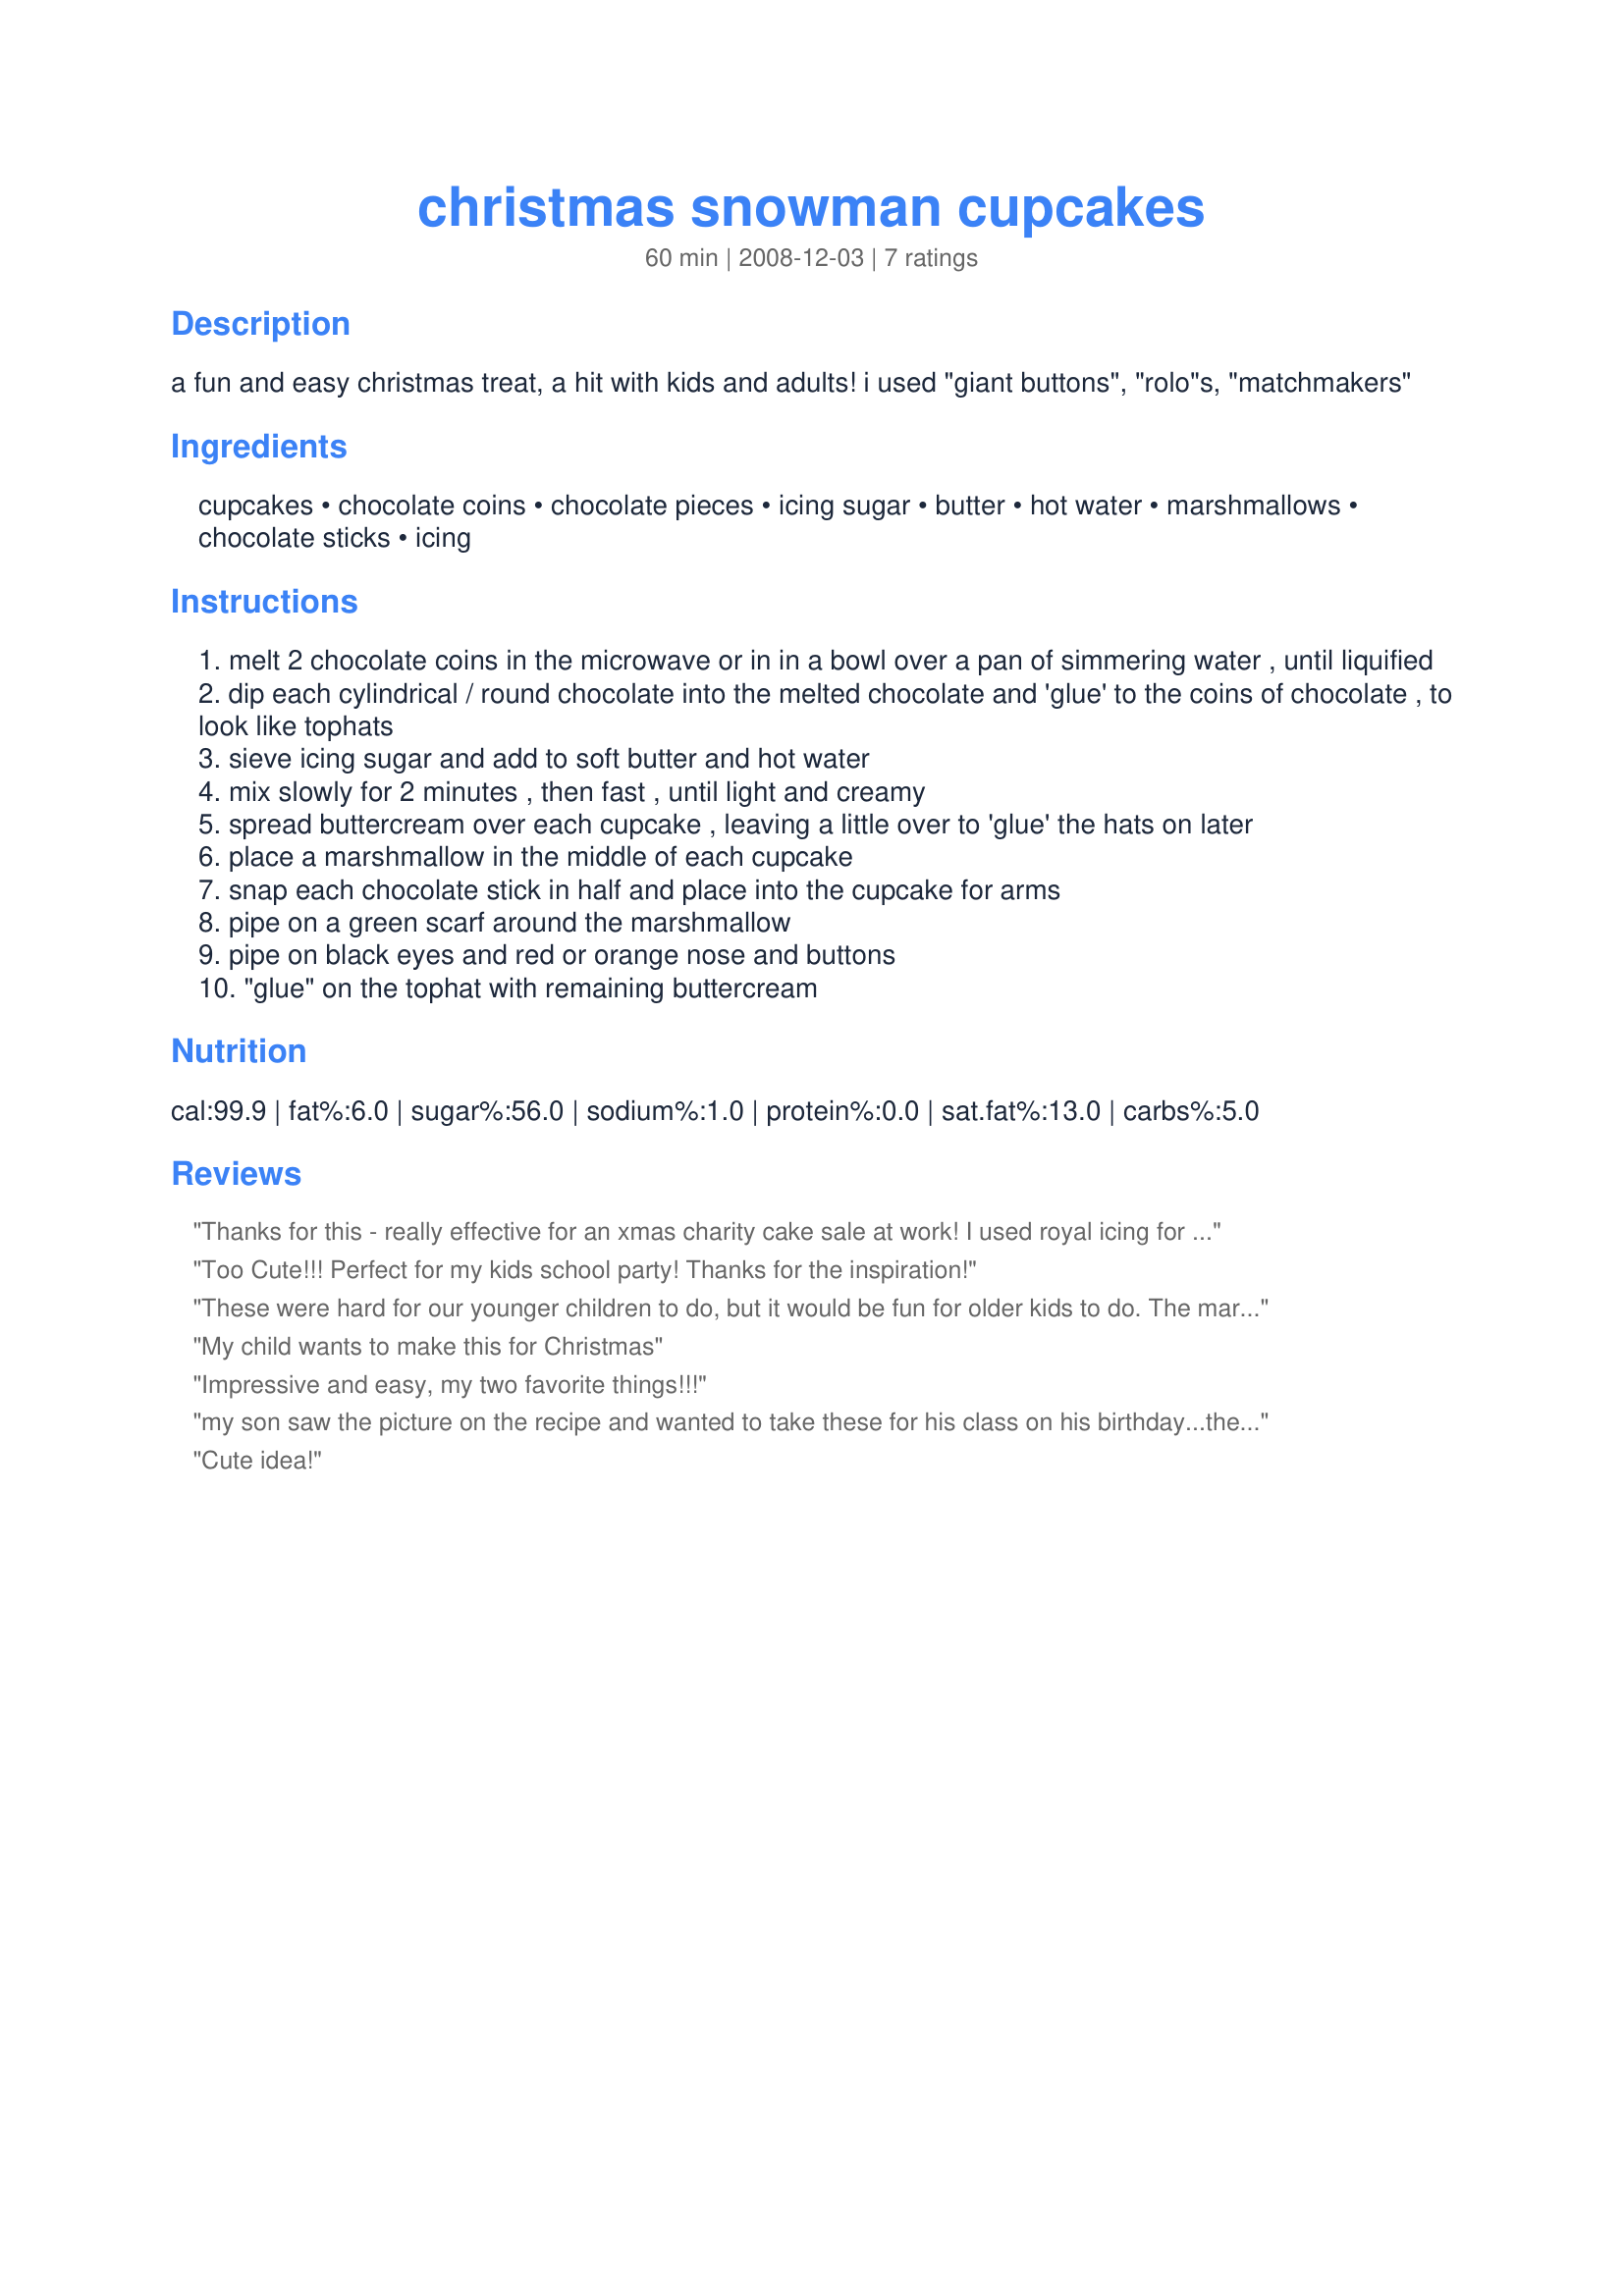
christmas snowman cupcakes
Preparation time: 60 minutes

a fun and easy christmas treat, a hit with kids and adults! i used "giant buttons", "rolo"s, "matchmakers"

Ingredients:
cupcakes, chocolate coins, chocolate pieces, icing sugar, butter, hot water, marshmallows, chocolate sticks, icing

Steps:
melt 2 chocolate coins in the microwave or in in a bowl over a pan of simmering water , until liquified
dip each cylindrical / round chocolate into the melted chocolate and 'glue' to the coins of chocolate , to look like tophats
sieve icing sugar and add to soft butter and hot water
mix slowly for 2 minutes , then fast , until light and creamy
spread buttercream over each cupcake , leaving a little over to 'glue' the hats on later
place a marshmallow in the middle of each cupcake
snap each chocolate stick in half and place into the cupcake for arms
pipe on a green scarf around the marshmallow
pipe on black eyes and red or orange nose and buttons
"glue" on the tophat with remaining buttercream

Reviews:
Thanks for this - really effective for an xmas charity cake sale at work! I used royal icing for the bodies, fondant icing scarves and a decorating pen for the faces (given that my piping is rubbish!)
Too Cute!!! Perfect for my kids school party! Thanks for the inspiration!
These were hard for our younger children to do, but it would be fun for older kids to do. The marshmallow was an issue for the younger and so was the hats. These did come out cute and sweet all in one. We changed it up a little for fun. Thanks for sharing.
My child wants to make this for Christmas
Impressive and easy, my two favorite things!!!
my son saw the picture on the recipe and wanted to take these for his class on his birthday...they turned out perfect!! Thanks! (We used pretzel sticks for the arms instead of chocolate sticks)
Cute idea!
